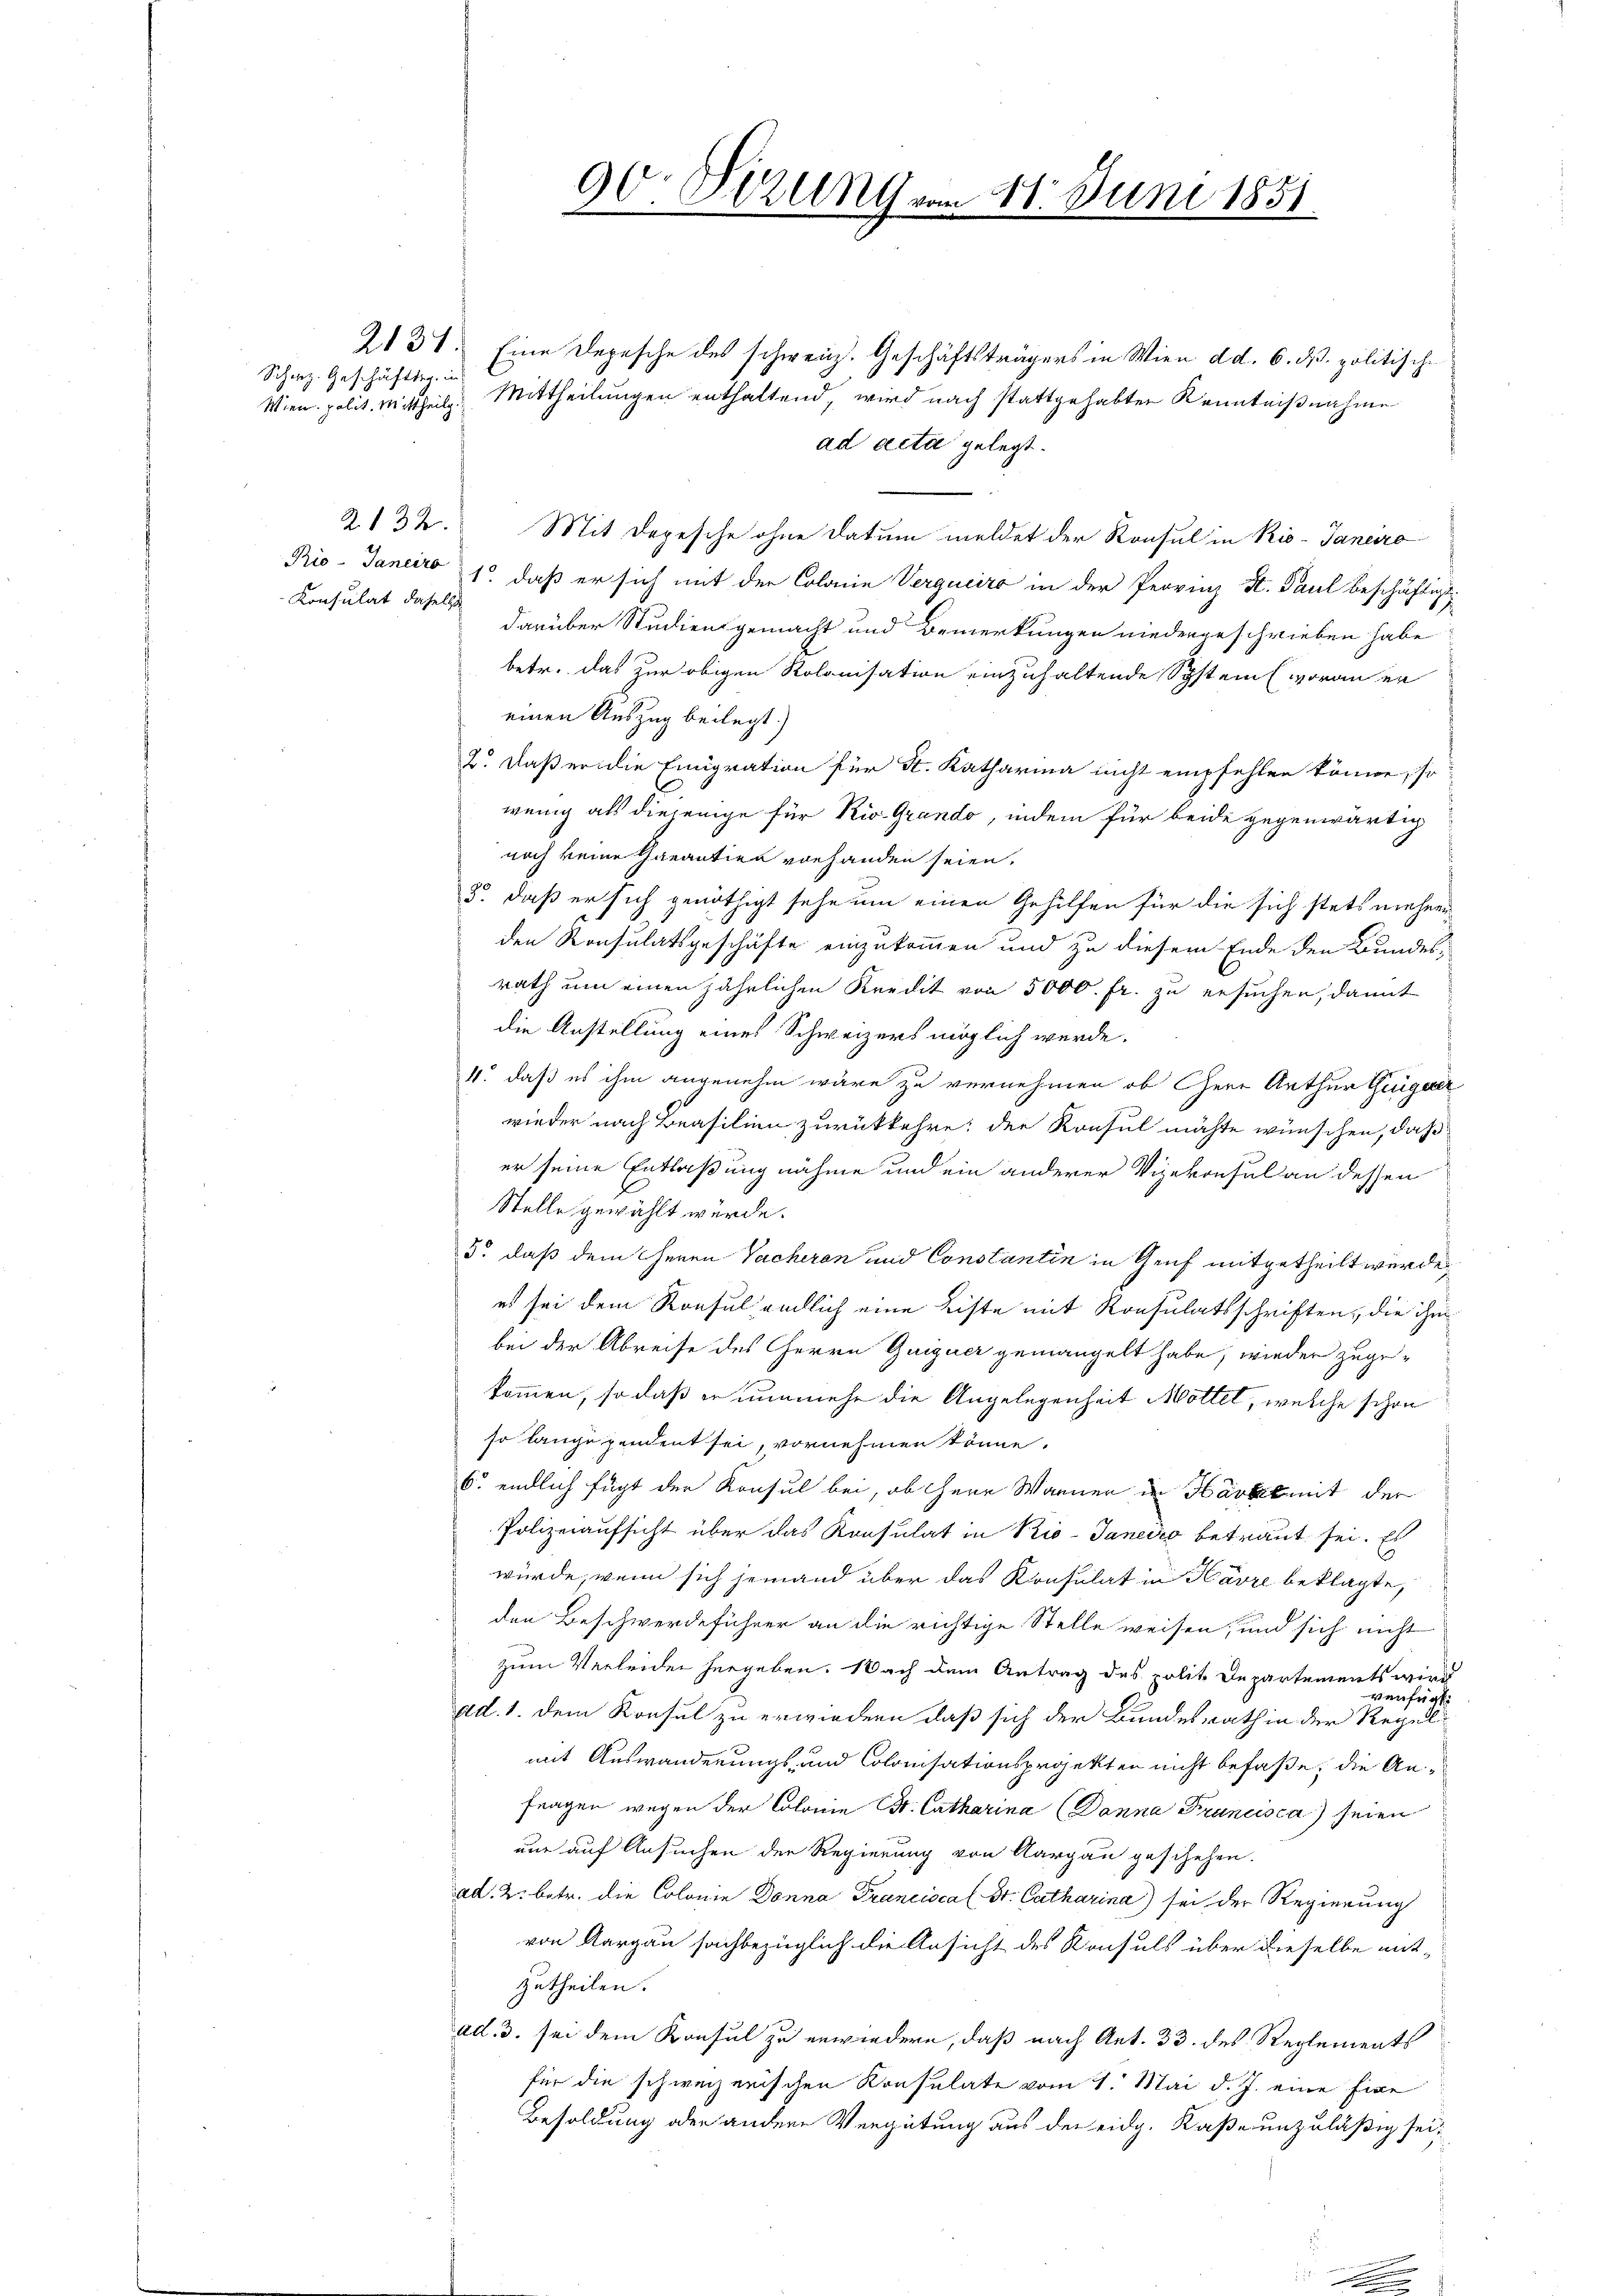
Schweiz. Geschäftig, in

Konsulat daselb

90. Dezung vom 11. Juni 1851.

2137. Eine Depesche des schweiz. Geschäftsträgers in Wien d. d. 6. ds. politische
Wien polit. Mittheils Mittheilungen enthaltend, wird nach stattgehabten Kenntnißnahme
ad acta gelegt.
2132. Mit Depesche ohne Datum meldet der Konsul in Rio-Janeiro
Rio-Janeiro 18, daß er sich mit der Colonie Verqueiro in der Provinz H. Paul beschäftigt
darüber Studien gemacht und Bemerkungen niedergeschrieben habe
betr. das Zur obigen Rolonisation einzuhaltende System woran er
einen Auszug beilegt.)
2. daß er die Einigration für St. Katharina nicht empfehlen könne, so
wenig als diejenige für Rio. Grando, indem für beide gegenwärtig
noch keine Garantier vorhanden seien.
2. daß er sich genöthigt sehe um einen Gehilfen für die sich stets mehrer
den Konsulatsgeschäfte einzukommen und zu diesem Ende den Bundesrath um einen jährlichen Kredit von 5000. Fr. zu ersuchen, damit
die Anstellung eines Schweizers möglich werde.
4. daß es ihm angenehm wäre zu vernehmen ob Herr Arthur Geigerer
wieder nach Brasilien zurückkehre; der Konsul möchte wünschen, daß
er seine Entlaßung nähme und ein anderer Vizekonsul an dessen
Stelle gewählt würde.
5. daß dem Herrn Vacheren und Constantin in Genf mitgetheilt wurde,
es sei dem Konsul endlich eine Liste mit Konsulatsschriften, die ihm
bei der Abreise des Herrn Quiguer gemangelt habe, wieder zugekommen, so daß er nunmehr die Angelegenheit Mottel, welche schon
so lange pendent sei, vornehmen könne.
6. endlich fügt der Konsul bei, ob Herr Warner in Härkomit der
Polizeiaufsicht über das Konsulat in Rio-Janeiro betraut sei. Es
würde, wenn sich jemand über das Konsulat in Havre beklagte,
den Beschwerdeführer an die richtige Stelle weisen, und sich nicht
zum Verleiden hergeben. Nach dem Antrag des polit. Departements wird
verfügt:
ad. 1. dem Konsul zu erwiedern, daß sich der Bundesrath in der Regelmit Auswanderungs- und Colonisationsprojekten nicht befaße, die Anfragen wegen der Colonie Br. Catharina (Danna Francisca) seien
nur auf Ansuchen der Regierung von Aargau geschehen.
ad. 2. betr. die Colonie Donna Francisca (St. Catharina) sei der Regierung
von Aargau sachbezüglich die Ansicht des Konsuls über dieselbe ent-
zutheilen.
ad. 3. sei dem Konsul zu erwiedern, daß nach Art. 33. des Reglements
für die schweizerischen Konsulate vom 1. Mai d. J. eine Eine
Besoldung oder andere Vergütung aus der eidg. Kaße unzuläßig sei,